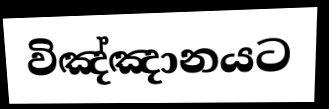
විඤ්ඤානයට